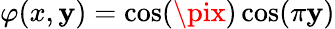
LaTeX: \varphi(x,\mathbf{y})=\cos(\pix)\cos(\pi\mathbf{y})